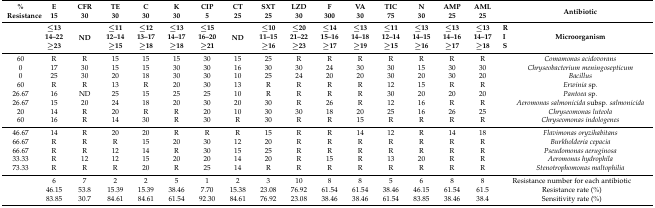
<table><thead><tr><td><b>%</b></td><td><b>E</b></td><td><b>CFR</b></td><td><b>TE</b></td><td><b>C</b></td><td><b>K</b></td><td><b>CIP</b></td><td><b>CT</b></td><td><b>SXT</b></td><td><b>LZD</b></td><td><b>F</b></td><td><b>VA</b></td><td><b>TIC</b></td><td><b>N</b></td><td><b>AMP</b></td><td><b>AML</b></td><td rowspan="2"></td><td rowspan="2"><b>Antibiotic</b></td></tr><tr><td><b>Resistance</b></td><td><b>15</b></td><td><b>30</b></td><td><b>30</b></td><td><b>30</b></td><td><b>30</b></td><td><b>5</b></td><td><b>25</b></td><td><b>25</b></td><td><b>30</b></td><td><b>300</b></td><td><b>30</b></td><td><b>75</b></td><td><b>30</b></td><td><b>25</b></td><td><b>25</b></td></tr><tr><td></td><td><b>≤13</b></td><td rowspan="3"><b>ND</b></td><td><b>≤11</b></td><td><b>≤12</b></td><td><b>≤13</b></td><td><b>≤15</b></td><td rowspan="3"><b>ND</b></td><td><b>≤10</b></td><td><b>≤20</b></td><td><b>≤14</b></td><td><b>≤13</b></td><td><b>≤11</b></td><td><b>≤13</b></td><td><b>≤13</b></td><td><b>≤13</b></td><td><b>R</b></td><td rowspan="3"><b>Microorganism</b></td></tr><tr><td></td><td><b>14–22</b></td><td><b>12–14</b></td><td><b>13–17</b></td><td><b>14–17</b></td><td><b>16–20</b></td><td><b>11–15</b></td><td><b>21–22</b></td><td><b>15–16</b></td><td><b>14–18</b></td><td><b>12–14</b></td><td><b>14–15</b></td><td><b>14–16</b></td><td><b>14–17</b></td><td><b>I</b></td></tr><tr><td></td><td><b>≥23</b></td><td><b>≥15</b></td><td><b>≥18</b></td><td><b>≥18</b></td><td><b>≥21</b></td><td><b>≥16</b></td><td><b>≥23</b></td><td><b>≥17</b></td><td><b>≥19</b></td><td><b>≥15</b></td><td><b>≥16</b></td><td><b>≥17</b></td><td><b>≥18</b></td><td><b>S</b></td></tr></thead><tbody><tr><td>60</td><td>R</td><td>R</td><td>15</td><td>15</td><td>15</td><td>30</td><td>15</td><td>25</td><td>R</td><td>R</td><td>R</td><td>R</td><td>R</td><td>R</td><td>R</td><td></td><td><i>Comamonas acidovorans</i></td></tr><tr><td>0</td><td>17</td><td>30</td><td>15</td><td>15</td><td>30</td><td>30</td><td>16</td><td>30</td><td>30</td><td>24</td><td>30</td><td>30</td><td>15</td><td>30</td><td>30</td><td></td><td><i>Chryseobacterium meningosepticum</i></td></tr><tr><td>0</td><td>25</td><td>30</td><td>20</td><td>18</td><td>30</td><td>30</td><td>10</td><td>25</td><td>24</td><td>20</td><td>20</td><td>30</td><td>20</td><td>30</td><td>20</td><td></td><td><i>Bacillus</i></td></tr><tr><td>60</td><td>R</td><td>R</td><td>13</td><td>R</td><td>20</td><td>30</td><td>13</td><td>R</td><td>R</td><td>R</td><td>R</td><td>12</td><td>15</td><td>R</td><td>R</td><td></td><td><i>Erwinia</i> sp.</td></tr><tr><td>26.67</td><td>16</td><td>ND</td><td>25</td><td>15</td><td>25</td><td>25</td><td>10</td><td>R</td><td>R</td><td>R</td><td>R</td><td>30</td><td>20</td><td>20</td><td>20</td><td></td><td><i>Pantoea</i> sp.</td></tr><tr><td>26.67</td><td>15</td><td>20</td><td>24</td><td>18</td><td>20</td><td>30</td><td>20</td><td>30</td><td>R</td><td>26</td><td>R</td><td>12</td><td>16</td><td>R</td><td>R</td><td></td><td><i>Aeromonas salmonicida</i> subsp. <i>salmonicida</i></td></tr><tr><td>20</td><td>14</td><td>R</td><td>20</td><td>R</td><td>R</td><td>20</td><td>10</td><td>30</td><td>30</td><td>18</td><td>20</td><td>25</td><td>16</td><td>26</td><td>25</td><td></td><td><i>Chryseomonas luteola</i></td></tr><tr><td>60</td><td>16</td><td>R</td><td>14</td><td>30</td><td>R</td><td>30</td><td>R</td><td>30</td><td>R</td><td>R</td><td>15</td><td>R</td><td>R</td><td>R</td><td>R</td><td></td><td><i>Chryseomonas indologenes</i></td></tr><tr><td>46.67</td><td>14</td><td>R</td><td>20</td><td>20</td><td>R</td><td>R</td><td>R</td><td>15</td><td>R</td><td>R</td><td>14</td><td>12</td><td>R</td><td>14</td><td>18</td><td></td><td><i>Flavimonas oryzihabitans</i></td></tr><tr><td>66.67</td><td>R</td><td>R</td><td>R</td><td>15</td><td>20</td><td>30</td><td>12</td><td>20</td><td>R</td><td>R</td><td>R</td><td>R</td><td>R</td><td>R</td><td>R</td><td></td><td><i>Burkholderia cepacia</i></td></tr><tr><td>66.67</td><td>R</td><td>R</td><td>12</td><td>14</td><td>R</td><td>30</td><td>15</td><td>25</td><td>R</td><td>R</td><td>R</td><td>R</td><td>R</td><td>R</td><td>R</td><td></td><td><i>Pseudomonas aeruginosa</i></td></tr><tr><td>33.33</td><td>R</td><td>12</td><td>12</td><td>15</td><td>20</td><td>20</td><td>14</td><td>20</td><td>R</td><td>15</td><td>R</td><td>13</td><td>20</td><td>R</td><td>R</td><td></td><td><i>Aeromonas hydrophila</i></td></tr><tr><td>73.33</td><td>R</td><td>R</td><td>R</td><td>20</td><td>R</td><td>25</td><td>14</td><td>R</td><td>R</td><td>R</td><td>R</td><td>R</td><td>R</td><td>R</td><td>R</td><td></td><td><i>Stenotrophomonas maltophilia</i></td></tr><tr><td></td><td>6</td><td>7</td><td>2</td><td>2</td><td>5</td><td>1</td><td>2</td><td>3</td><td>10</td><td>8</td><td>8</td><td>5</td><td>6</td><td>8</td><td>8</td><td colspan="2">Resistance number for each antibiotic</td></tr><tr><td></td><td>46.15</td><td>53.8</td><td>15.39</td><td>15.39</td><td>38.46</td><td>7.70</td><td>15.38</td><td>23.08</td><td>76.92</td><td>61.54</td><td>61.54</td><td>38.46</td><td>46.15</td><td>61.54</td><td>61.5</td><td colspan="2">Resistance rate (%)</td></tr><tr><td></td><td>83.85</td><td>30.7</td><td>84.61</td><td>84.61</td><td>61.54</td><td>92.30</td><td>84.61</td><td>76.92</td><td>23.08</td><td>38.46</td><td>38.46</td><td>61.54</td><td>83.85</td><td>38.46</td><td>38.4</td><td colspan="2">Sensitivity rate (%)</td></tr></tbody></table>